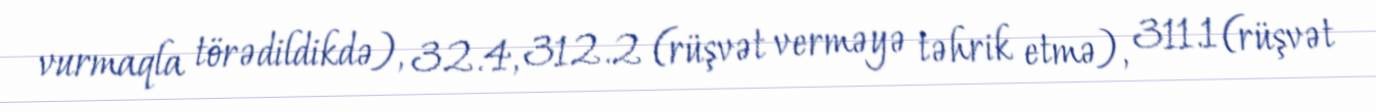
vurmaqla törədildikdə), 32.4, 312.2 (rüşvət verməyə təhrik etmə), 311.1 (rüşvət